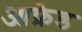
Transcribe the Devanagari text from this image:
आफ्रेड